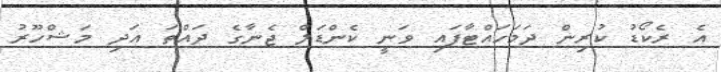
އެ ރެކޯޑު ކުރިން ދަމަހައްޓާފައި ވަނީ ކެންޑަލް ޖެނާގެ ދައްތަ އަދި މަޝްހޫރު